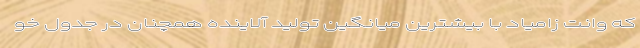
که وانت زامیاد با بیشترین میانگین تولید آلاینده همچنان در جدول خو